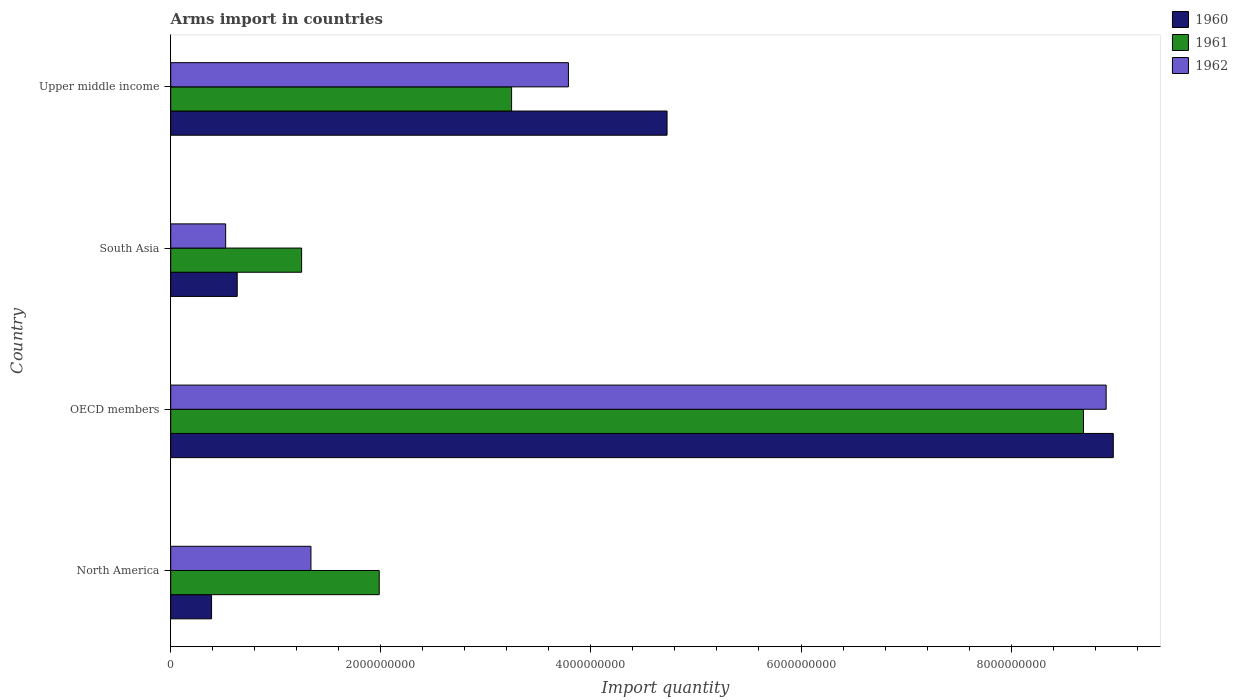
| Country | 1960 | 1961 | 1962 |
 | --- | --- | --- | --- |
 | North America | 3.89e+08 | 1.98e+09 | 1.34e+09 |
 | OECD members | 8.97e+09 | 8.69e+09 | 8.90e+09 |
 | South Asia | 6.33e+08 | 1.25e+09 | 5.23e+08 |
 | Upper middle income | 4.72e+09 | 3.24e+09 | 3.79e+09 |